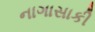
નાગાસાકી